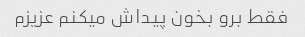
فقط برو بخون پیداش میکنم عزیزم